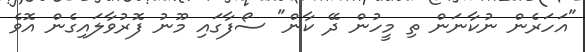
"އަހަރެން ނުކާނަން ތި މީހުން ދޭ ކާން" ސޯފާގައި މޫނު ފޮރުވާލައިގެން އޮވެ